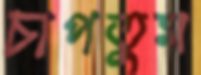
চাপতুম